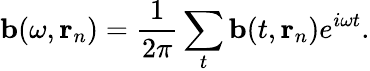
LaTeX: \mathbf{b}(\omega,\mathbf{r}_{n})=\frac{1}{2\pi}\sum_{t}\mathbf{b}(t,\mathbf{r}_{n})e^{i\omega t}.